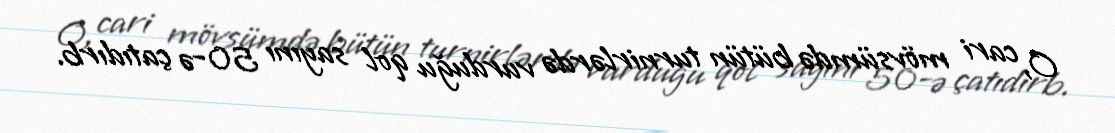
O, cari mövsümdə bütün turnirlərdə vurduğu qol sayını 50-ə çatıdırb.